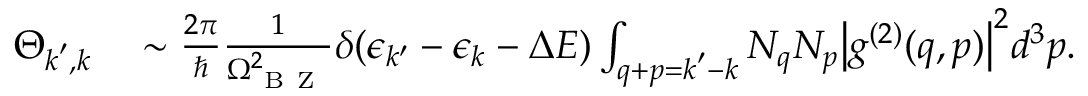
\begin{array} { r l } { \Theta _ { \boldsymbol { k } ^ { \prime } , \boldsymbol { k } } } & { { } \sim \frac { 2 \pi } { \hbar } \frac { 1 } { \Omega _ { \mathrm { ~ B ~ Z ~ } } ^ { 2 } } \delta ( \epsilon _ { k ^ { \prime } } - \epsilon _ { k } - \Delta E ) \int _ { \boldsymbol { q } + \boldsymbol { p } = \boldsymbol { k } ^ { \prime } - \boldsymbol { k } } N _ { q } N _ { p } \big | g ^ { ( 2 ) } ( \boldsymbol { q } , \boldsymbol { p } ) \big | ^ { 2 } d ^ { 3 } \boldsymbol { p } . } \end{array}